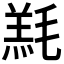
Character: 𣯇